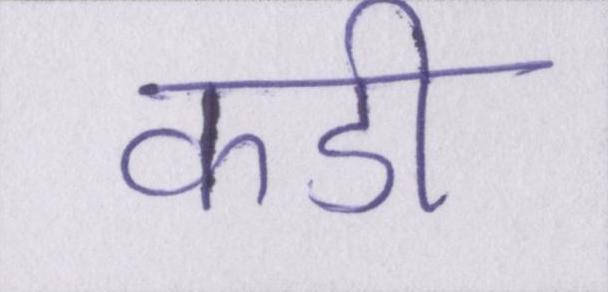
कडी